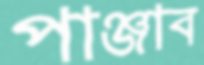
পাঞ্জাব